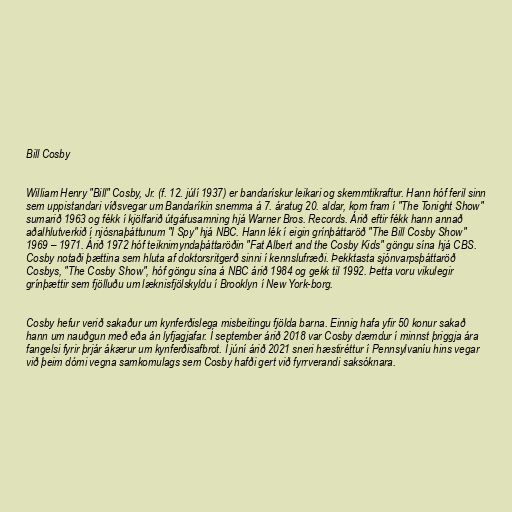
Bill Cosby

William Henry "Bill" Cosby, Jr. (f. 12. júlí 1937) er bandarískur leikari og skemmtikraftur. Hann hóf feril sinn
sem uppistandari víðsvegar um Bandaríkin snemma á 7. áratug 20. aldar, kom fram í "The Tonight Show"
sumarið 1963 og fékk í kjölfarið útgáfusamning hjá Warner Bros. Records. Árið eftir fékk hann annað
aðalhlutverkið í njósnaþáttunum "I Spy" hjá NBC. Hann lék í eigin grínþáttaröð "The Bill Cosby Show"
1969 – 1971. Árið 1972 hóf teiknimyndaþáttaröðin "Fat Albert and the Cosby Kids" göngu sína hjá CBS.
Cosby notaði þættina sem hluta af doktorsritgerð sinni í kennslufræði. Þekktasta sjónvarpsþáttaröð
Cosbys, "The Cosby Show", hóf göngu sína á NBC árið 1984 og gekk til 1992. Þetta voru vikulegir
grínþættir sem fjölluðu um læknisfjölskyldu í Brooklyn í New York-borg.

Cosby hefur verið sakaður um kynferðislega misbeitingu fjölda barna. Einnig hafa yfir 50 konur sakað
hann um nauðgun með eða án lyfjagjafar. Í september árið 2018 var Cosby dæmdur í minnst þriggja ára
fangelsi fyrir þrjár ákærur um kynferðisafbrot. Í júní árið 2021 sneri hæstiréttur í Pennsylvaníu hins vegar
við þeim dómi vegna samkomulags sem Cosby hafði gert við fyrrverandi saksóknara.